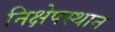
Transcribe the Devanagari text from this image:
निक्षेपस्थान